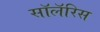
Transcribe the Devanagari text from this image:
सॉलॅरिस